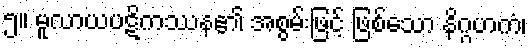
၅။ မူလာယပဋိကဿန၏ အစွမ်းဖြင့် ဖြစ်သော နိဂ္ဂဟကံ၊